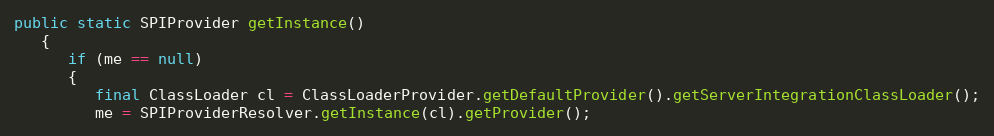
Language: Java
public static SPIProvider getInstance()
   {
      if (me == null)
      {
         final ClassLoader cl = ClassLoaderProvider.getDefaultProvider().getServerIntegrationClassLoader();
         me = SPIProviderResolver.getInstance(cl).getProvider();